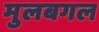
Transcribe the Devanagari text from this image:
मुलबगल